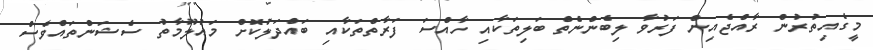
މީގެއިތުރުން ރާއްޖެއިން ފަރުވާ ލިބެންނެތް ބަލިތަކާއި ހާއްސަ ފަރާތްތަކާއި ބައްދަލުކޮށް މައުލޫމާތު ސެޝަންތައްވެސް